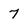
Character: 7